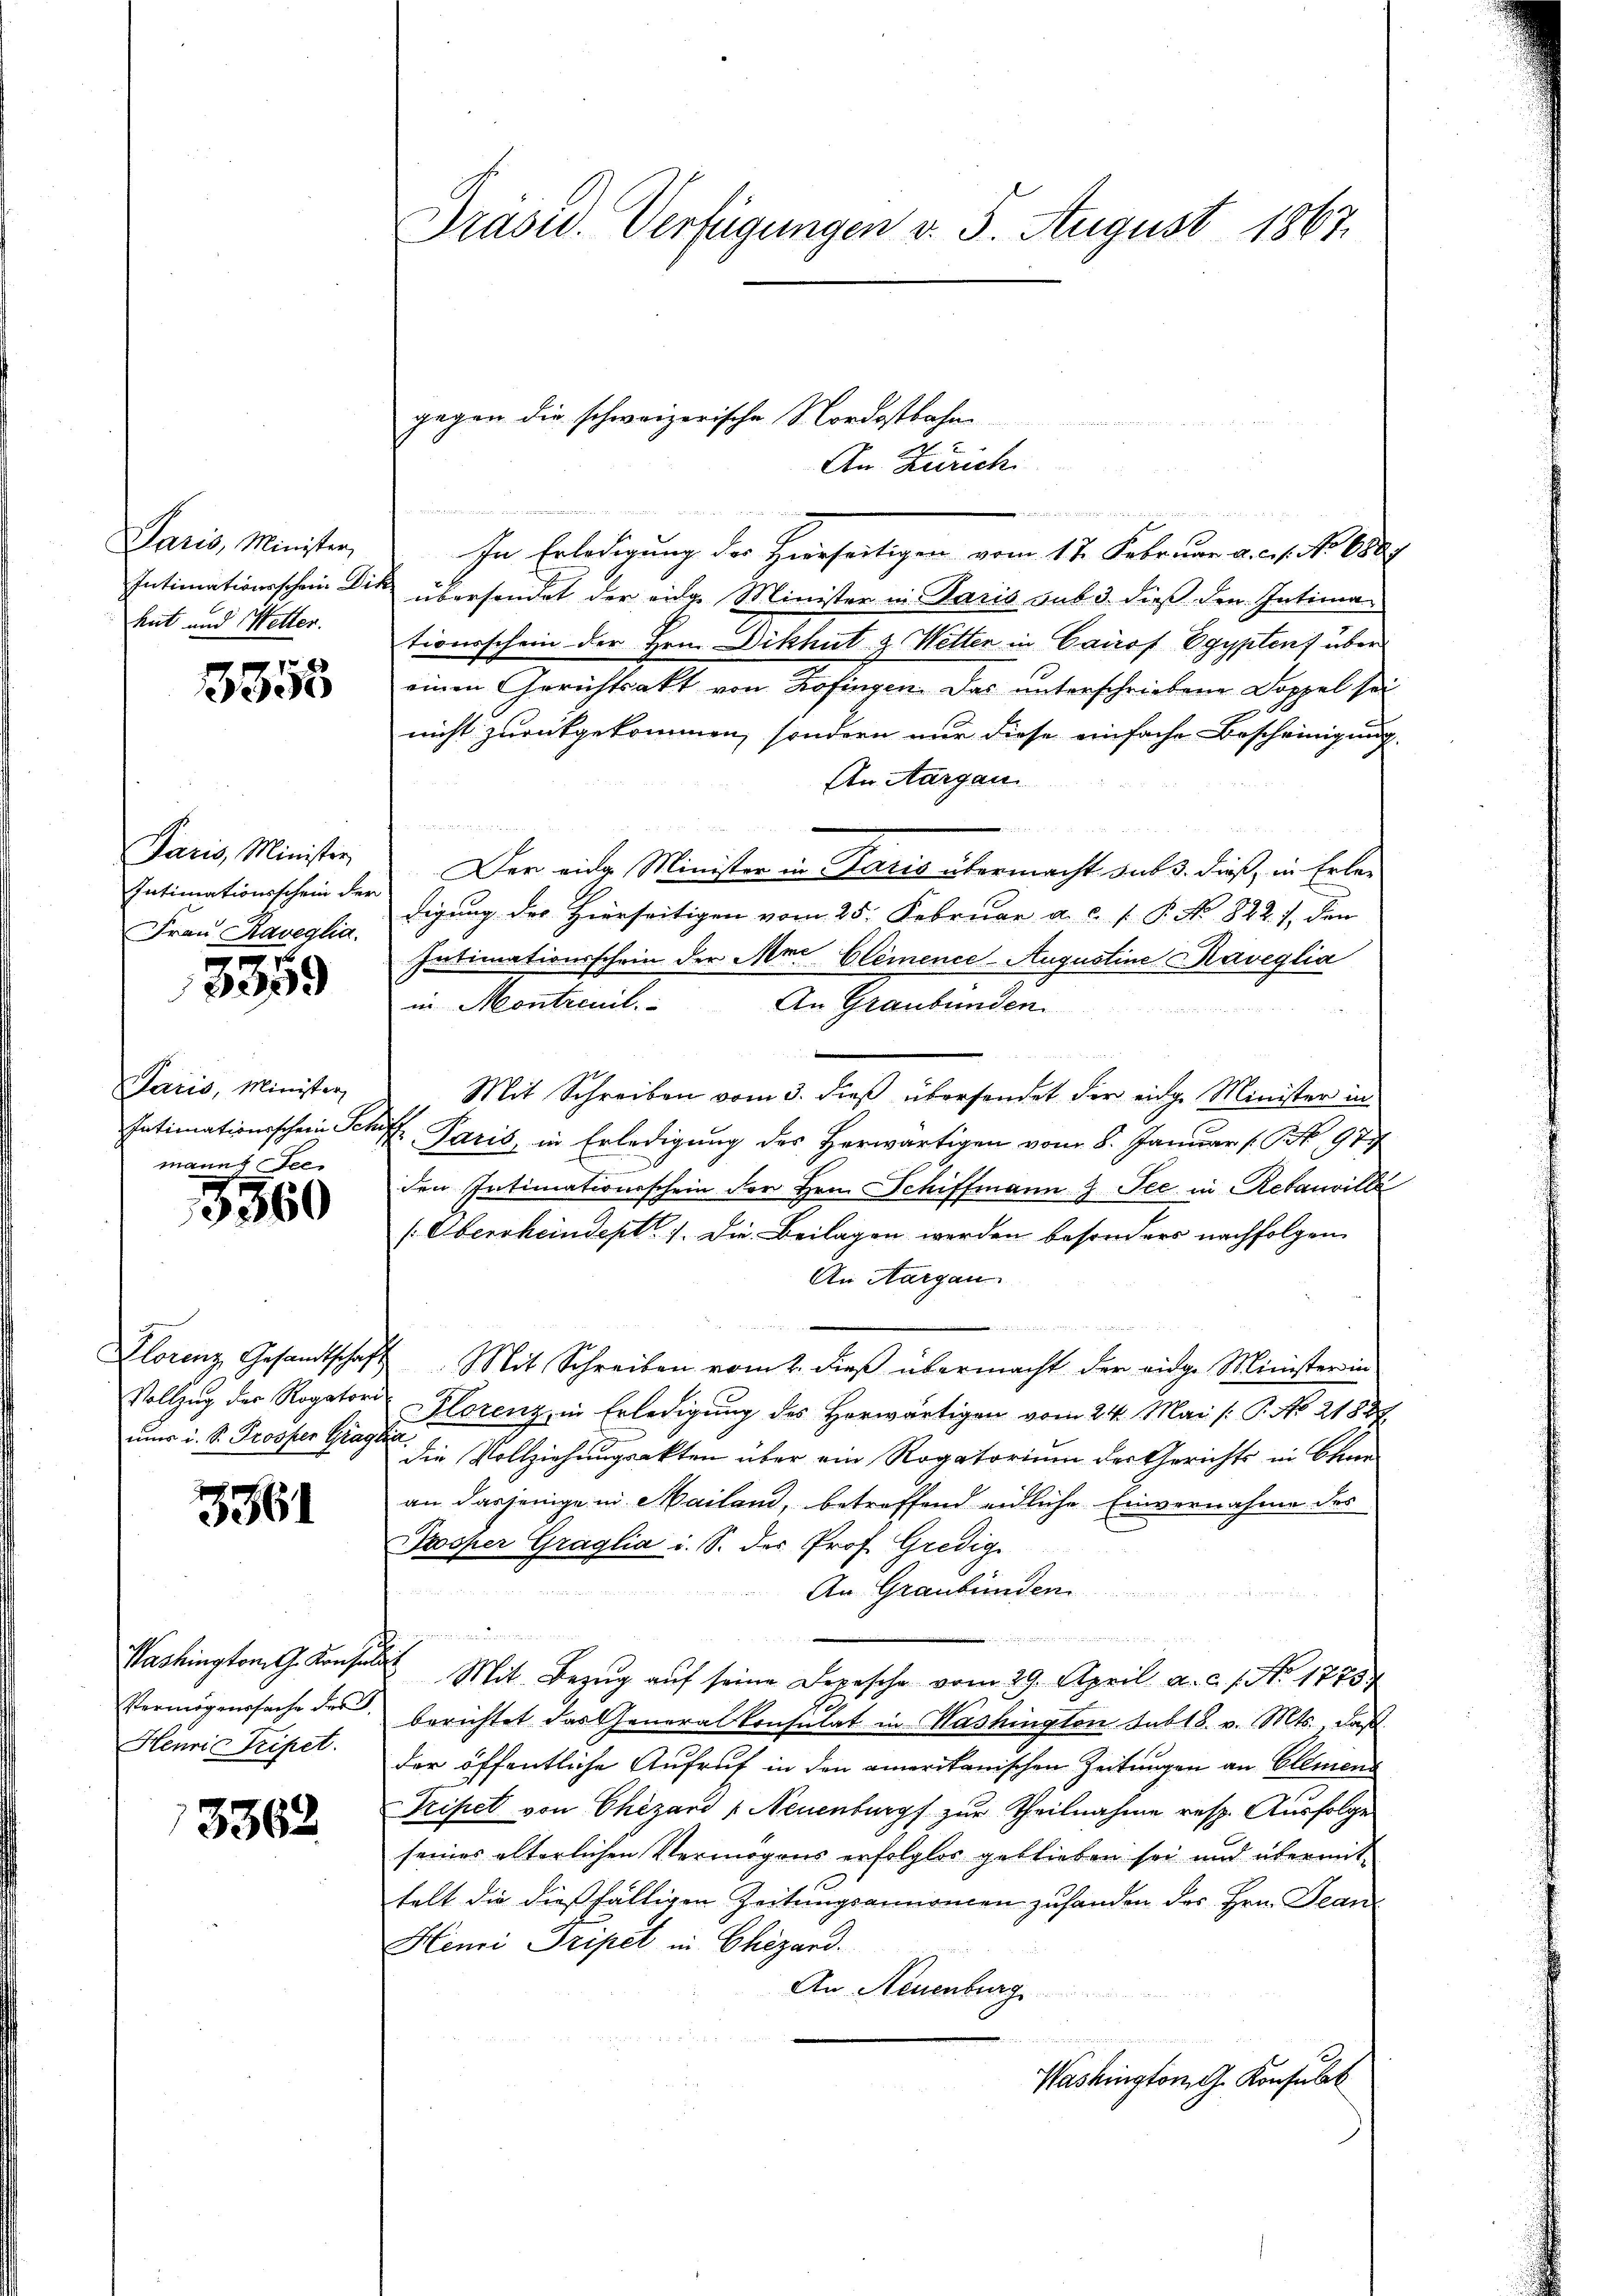
Paris, Minister,
Intimationsschein Di
hat und Wetter.

3358

Paris, Minister,
Intimationsschein der
Frau Raveglia.

3359

Paris, Minister,
Intimationsschein Schif
manns Fec

3360

Klorenz Gesandtschaft
Vollzug der Rogatori
nus i. S. Prosper Grage

3361

Washington G. Konsul
Vermögenssache der
Henri Tripet.

3362

Präsid. Verfügungen v. 5. August 1867.

gegen die schweizerische Nordostbahn
An Zürich.

e
n
e
e
 f 48 x
In Erledigung des Hierseitigen vom 17. Februar a. c. s. No 688.
übersendet der eidg. Minister in Paris sub dieß den Intimationsschein der Hrn. Dikhut & Wetter in Cairof Egyptens über
einen Gerichtsakt von Zofingen. Das unterschriebene Doppel sei
nicht zurückgekommen, sondern nur diese einfache Bescheinigung
Atn Aargau
u
Der eidg. Minister in Paris übermacht sub 3. dieß, in Erledigung des Hierseitigen vom 25. Februar a. c. P. No 822.), den
Intimationsschein der Mai Elemence Augustine Raveglia
in Montreut. An Graubünden.
n
un
Mit Schreiben vom 3. dieß übersendet der eidge Minister in
4. Paris, in Erledigung des Herwärtigen vom 8. Januar (S. 977
den Intimationsschein der Hrn. Schiffmann & See in Rebauville
[Oberrheindept. 1. Die Beilagen werden besonders nachfolgen
An Aargau
eede der einen
Mit Schreiben vom 2. dieß übermacht der eidge Minister in
Hlorenz, in Erledigung des Horwärtigen vom 24. Mai /: P. No 21887
 die Vollziehungsakten über ein Rogatorium der Gerichts in Chan
an dasjenige in Mailand, betreffend eidliche Einvernahme des
Krosper Graglia i. S. der Prof. Gredig
An Graubünden

Mit Bezug auf seine Depesche vom 29. April a. c. s. No 1775
berichtet das Generalkonsulat in Washington sub 18. v. Mts. daß
der öffentliche Aufruf in den amerikanischen Zeitungen an Elemen
Pripet von Chizard " Neuenburg zur Theilnahme resp. Ausfolge
seines alterlichen Vermögens erfolglos geblieben sei und übermittelt die dießfälligen Zeitungsannomen zuhanden des Hrn. Jean¬
Henri Tripel in Chizard.
An Neuenburg
Beigen ist
Washington, G. Konsulat